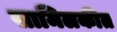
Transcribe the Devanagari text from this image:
सामिलकीत